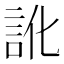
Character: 訛